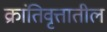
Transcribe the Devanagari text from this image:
क्रांतिवृत्तातील